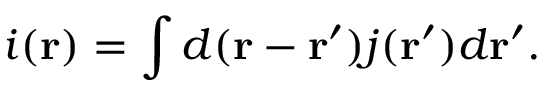
i ( \mathbf { r } ) = \int d ( \mathbf { r } - \mathbf { r } ^ { \prime } ) j ( \mathbf { r } ^ { \prime } ) d \mathbf { r } ^ { \prime } .